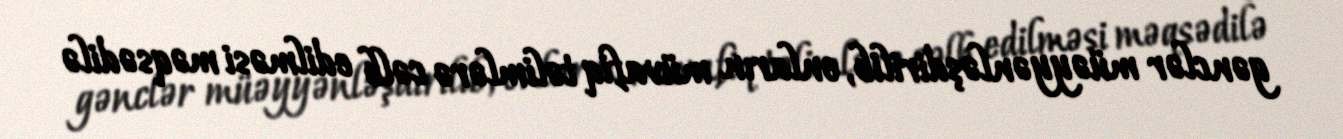
gənclər müəyyənləşdirilib, onların müvafiq təlimlərə cəlb edilməsi məqsədilə